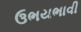
ઉભયભાવી